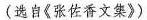
(选自《张佐香文集》)